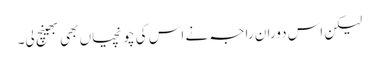
لیکن اس دوران راجہ نے اس کی چونچیاں بھی بھینچ لی۔